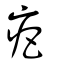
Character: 疤